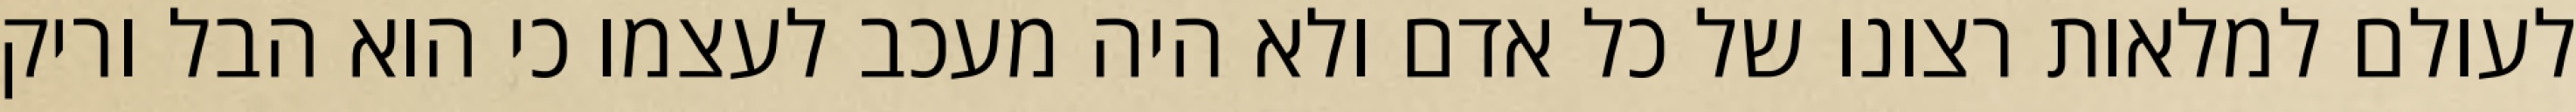
לעולם למלאות רצונו של כל אדם ולא היה מעכב לעצמו כי הוא הבל וריק